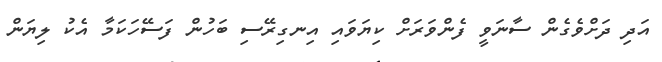
އަދި ދަށްވެގެން ސާނަވީ ފެންވަރަށް ކިޔަވައި އިނގިރޭސި ބަހުން ފަސޭހަކަމާ އެކު ލިޔަން